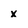
Character: x